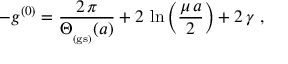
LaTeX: - g ^ { ( 0 ) } = \frac { 2 \, \pi } { \Theta _ { _ \mathrm { ( g s ) } } ( a ) } + 2 \, \ln \left( \frac { \mu \, a } { 2 } \right) + 2 \, \gamma \; ,